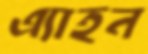
এ্যাহন